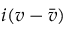
i ( v - { \bar { v } } )